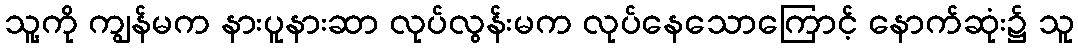
သူ့ကို ကျွန်မက နားပူနားဆာ လုပ်လွန်းမက လုပ်နေသောကြောင့် နောက်ဆုံး၌ သူ